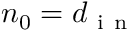
n _ { 0 } = d _ { \mathrm { ~ i ~ n ~ } }